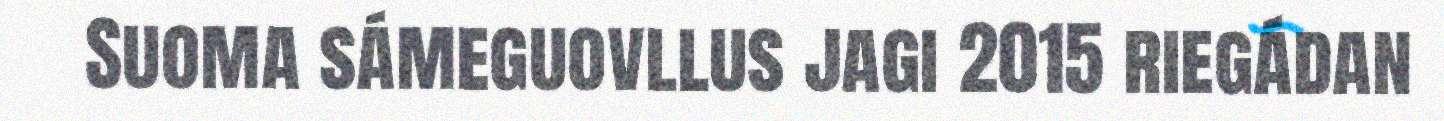
Suoma sámeguovllus jagi 2015 riegádan